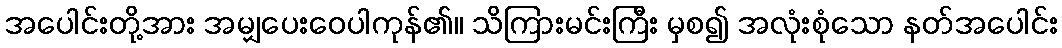
အပေါင်းတို့အား အမျှပေးဝေပါကုန်၏။ သိကြားမင်းကြီး မှစ၍ အလုံးစုံသော နတ်အပေါင်း